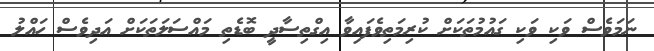
ނަމަވެސް ވަކި ވަކި ގައުމުތަކަށް ކުރިމަތިވެފައިވާ އިގްތިސާދީ ބޮޑެތި މައްސަލަތަކަށް އަދިވެސް ހައްލު